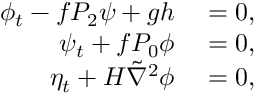
\begin{array} { r l } { \phi _ { t } - f P _ { 2 } \psi + g h } & { { } = 0 , } \\ { \psi _ { t } + f P _ { 0 } \phi } & { { } = 0 , } \\ { \eta _ { t } + H \tilde { \nabla } ^ { 2 } \phi } & { { } = 0 , } \end{array}